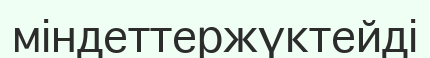
міндеттержүктейді